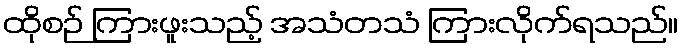
ထိုစဉ် ကြားဖူးသည့် အသံတသံ ကြားလိုက်ရသည်။